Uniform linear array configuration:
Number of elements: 64
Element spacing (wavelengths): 0.5
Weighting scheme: hamming
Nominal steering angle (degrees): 30
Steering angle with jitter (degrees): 28.48
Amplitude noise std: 0.05
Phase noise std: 0.05

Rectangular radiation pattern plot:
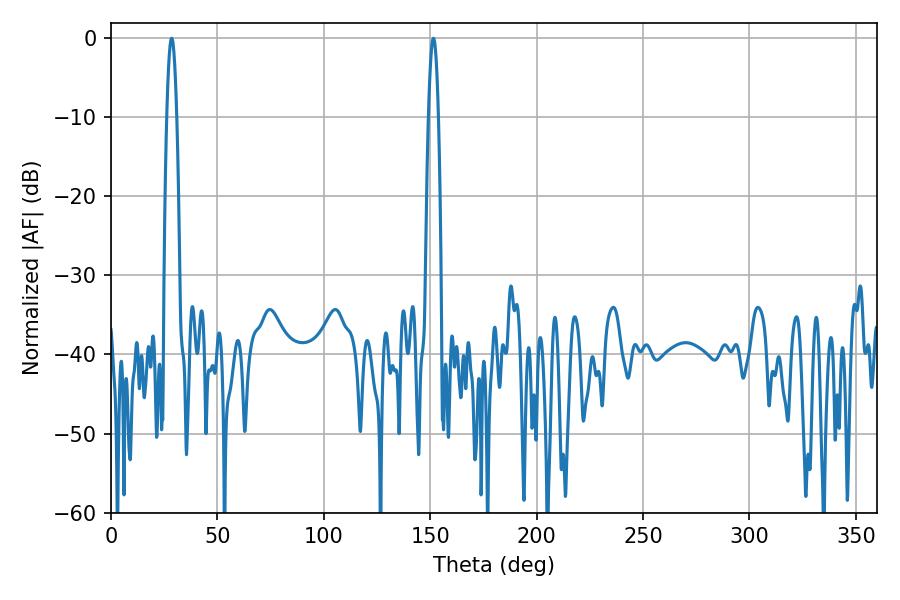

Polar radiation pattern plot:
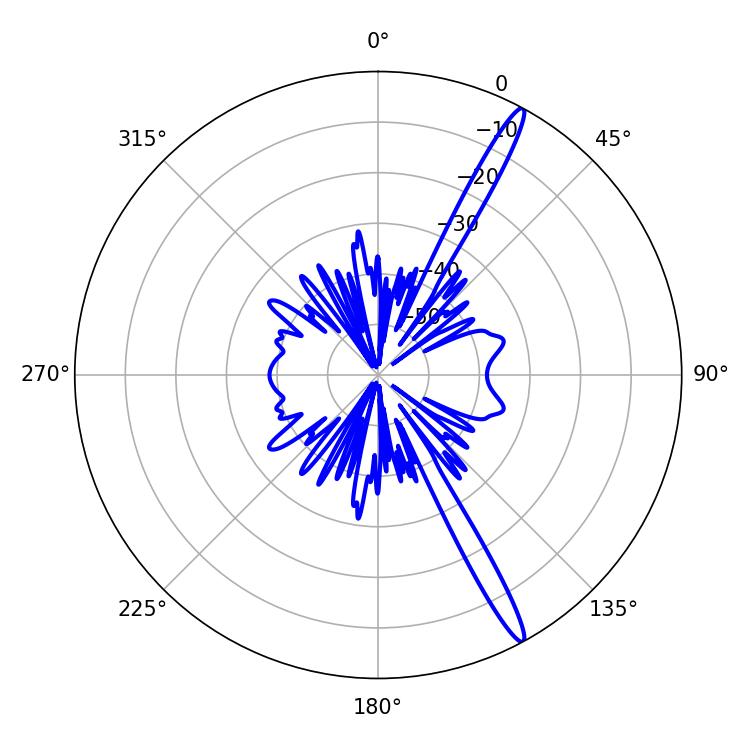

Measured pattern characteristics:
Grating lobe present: FALSE
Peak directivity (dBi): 16.294
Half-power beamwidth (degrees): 2.52
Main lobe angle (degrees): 28.44